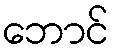
ဘောင်